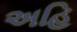
અહિ